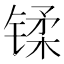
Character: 𫔄